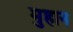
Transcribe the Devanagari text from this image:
मुहान